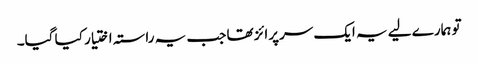
تو ہمارے لیے یہ ایک سرپرائز تھا جب یہ راستہ اختیار کیا گیا۔